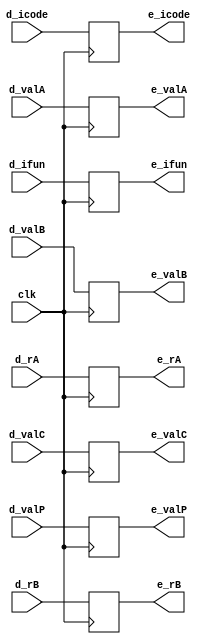
module executeReg(clk,d_icode,d_ifun,d_rA,d_rB,d_valC,d_valP,d_valA,d_valB,e_icode,e_ifun,e_rA,e_rB,e_valC,e_valP,e_valA,e_valB);

input clk;
input [3:0] d_icode,d_ifun,d_rA,d_rB;
input [63:0] d_valC,d_valP,d_valA,d_valB;

output [3:0] e_icode,e_ifun,e_rA,e_rB;
output [63:0] e_valC,e_valP,e_valA,e_valB;

    always @(posedge clk ) begin //adding them as non blocking statements since all values get updated to the registers at the same time
    e_icode <= d_icode;
    e_ifun <= d_ifun;
    e_rA <= d_rA;
    e_rB <= d_rB;
    e_valC <= d_valC;
    e_valP <= d_valP;
    e_valA <= d_valA;
    e_valB <= d_valB;
end

endmodule